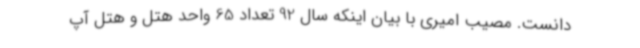
دانست. مصیب امیری با بیان اینکه سال 92 تعداد 65 واحد هتل و هتل آپ